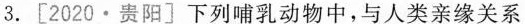
3.[2020·贵阳]下列哺乳动物中，与人类亲缘关系